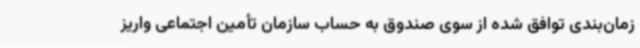
زمان‌بندی توافق شده از سوی صندوق به حساب سازمان تأمین اجتماعی واریز